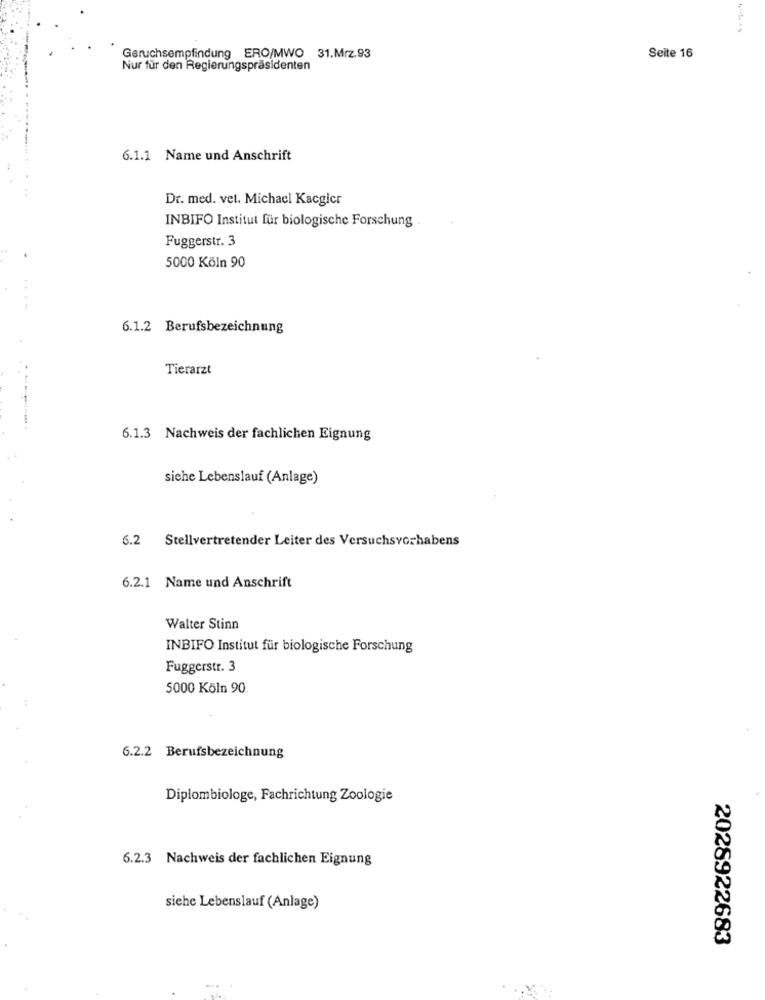
Geruchsempfindung ERO/MWO 31.Mrz.93
Seite 16
Nur für den Regierungspräsidenten
6.1.1 Name und Anschrift
Dr. med. vet. Michael Kacgler
INBIFO Institut für biologische Forschung.
Fuggerstr. 3
5000 Köln 90
6.1.2 Berufsbezeichnung
Tierarzt
6.1.3 Nachweis der fachlichen Eignung
siehe Lebenslauf (Anlage)
6.2 Stellvertretender Leiter des Versuchsvorhabens
6.2.1 Name und Anschrift
Walter Stinn
INBIFO Institut für biologische Forschung
Fuggerstr. 3
5000 Köln 90
6.2.2 Berufsbezeichnung
Diplombiologe, Fachrichtung Zoologie
6.2.3 Nachweis der fachlichen Eignung
siehe Lebenslauf (Anlage)
2028922683